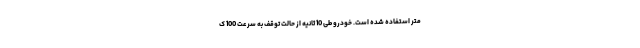
متر استفاده شده است. خودرو طی 10 ثانیه از حالت توقف به سرعت 100 ک